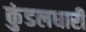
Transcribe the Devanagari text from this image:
कुंडलधारी